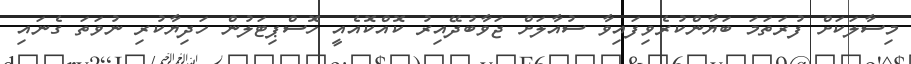
މިސާލަކަށް ފުރަތަމަ ބަޔާންކުރެވިފައިވާ ސުއާލަށް ޖަވާބުދޭއިރު ކޮއްކޮއެއީ ހޮސްޕިޓަލުން ހަދިޔާކުރި ނުވަތަ ގެނައި